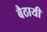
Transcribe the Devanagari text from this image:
बैठायी